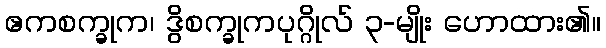
ဧကစက္ခုက၊ ဒွိစက္ခုကပုဂ္ဂိုလ် ၃-မျိုး ဟောထား၏။